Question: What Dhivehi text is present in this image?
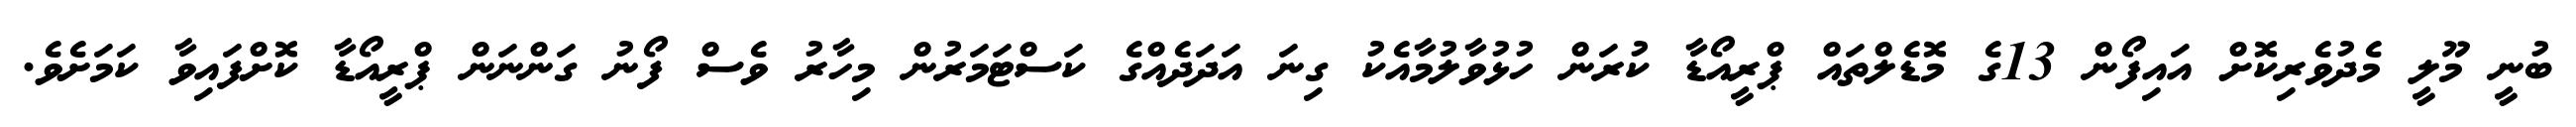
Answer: ބުނީ މޫލީ މެދުވެރިކޮށް އައިފޯން 13ގެ މޮޑެލްތައް ޕްރީއޯޑާ ކުރަން ހުޅުވާލުމާއެކު ގިނަ އަދަދެއްގެ ކަސްޓަމަރުން މިހާރު ވެސް ފޯނު ގަންނަން ޕްރީއޯޑާ ކޮށްފައިވާ ކަމަށެވެ.